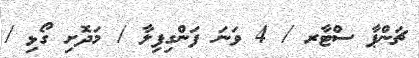
ޗަންޕާ ސްޓާރ / 4 ވަނަ ފަންގިފިލާ / މަދޮށި ގޯޅި /